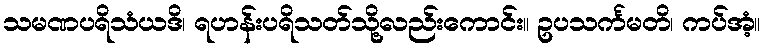
သမဏပရိသံယဒိ၊ ရဟန်းပရိသတ်သို့လည်းကောင်း။ ဥပသင်္ကမတိ၊ ကပ်အံ့။